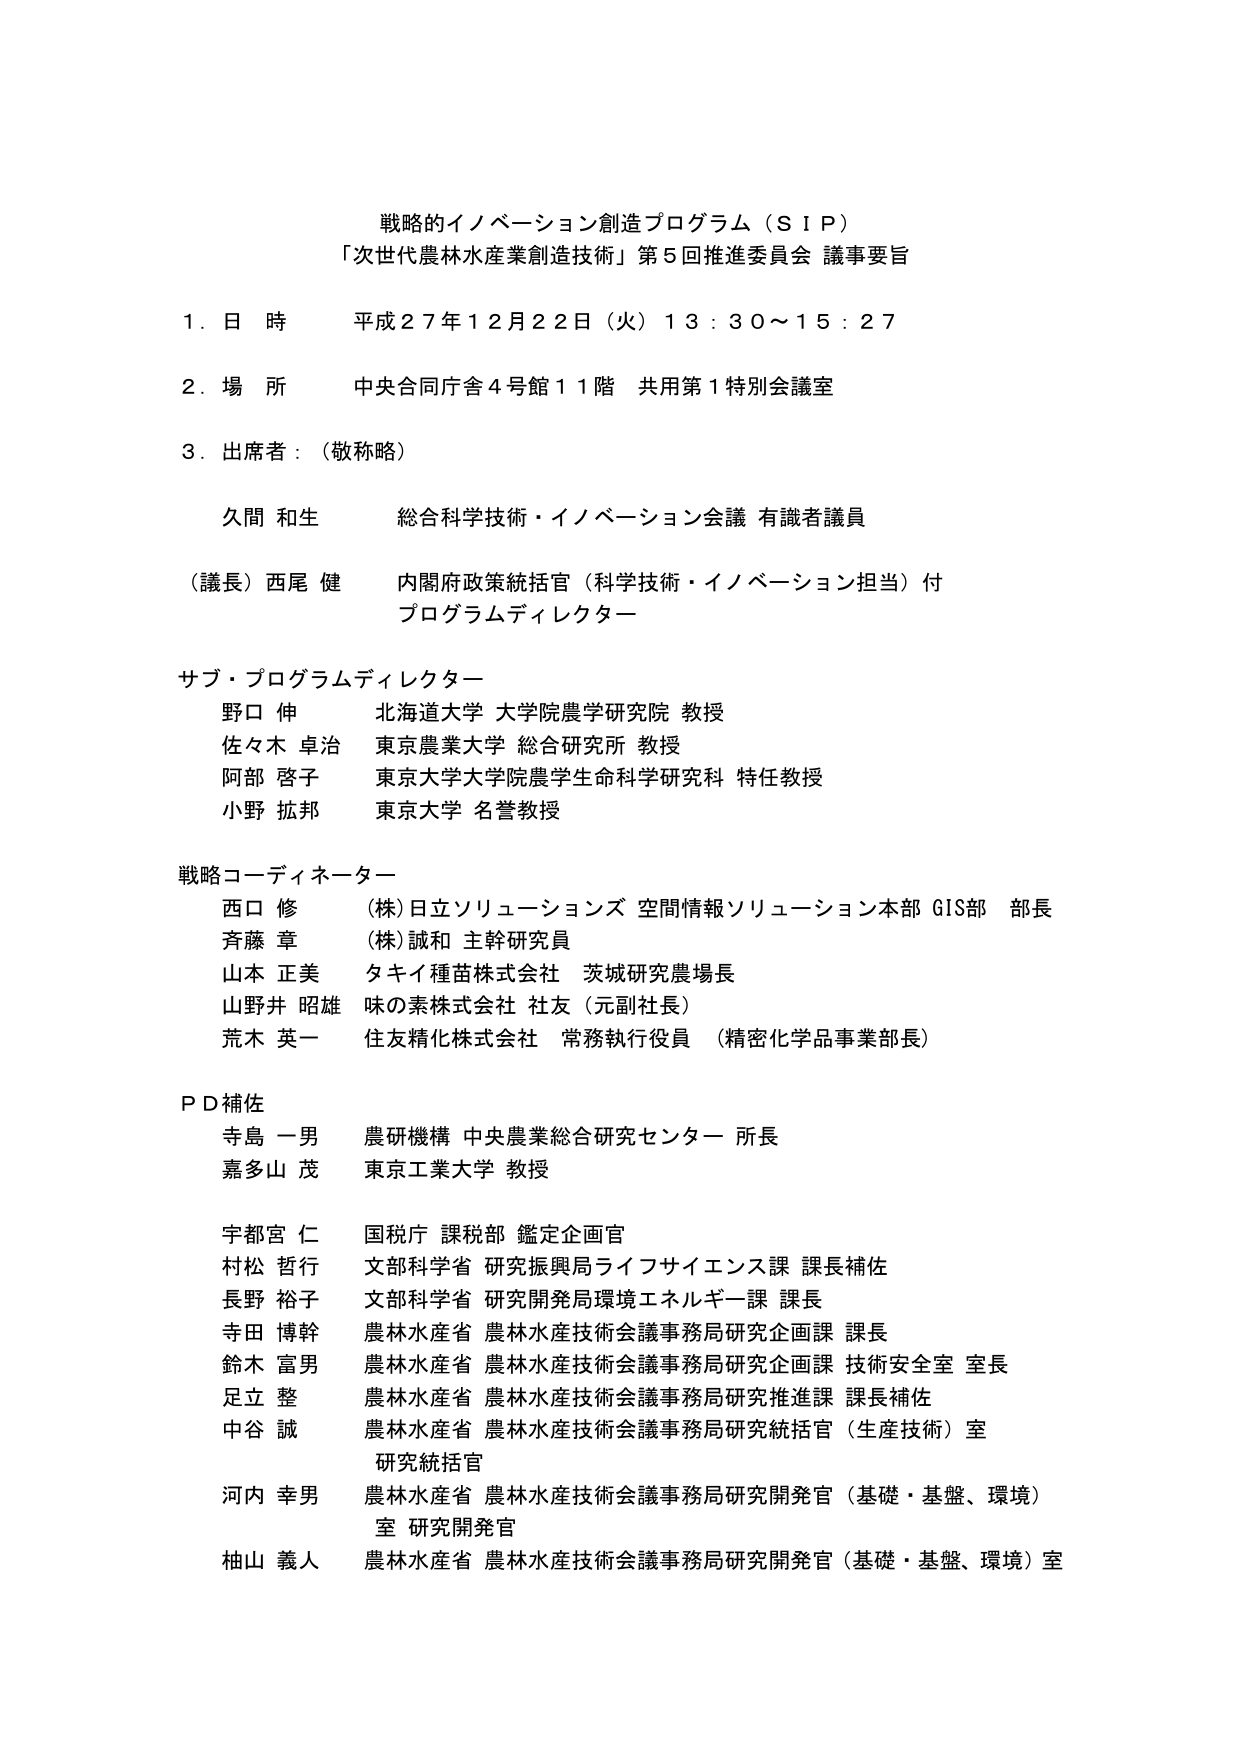
戦略的イノベーション創造プログラム（ＳＩＰ）
「次世代農林水産業創造技術」第５回推進委員会 議事要旨

１．日 時 平成２７年１２月２２日（火）１３：３０～１５：２７

２．場 所 中央合同庁舎４号館１１階 共用第１特別会議室

３．出席者：（敬称略）

久間 和生 総合科学技術・イノベーション会議 有識者議員

（議長）西尾 健 内閣府政策統括官（科学技術・イノベーション担当）付
プログラムディレクター

サブ・プログラムディレクター
野口 伸 北海道大学 大学院農学研究院 教授
佐々木 卓治 東京農業大学 総合研究所 教授
阿部 啓子 東京大学大学院農学生命科学研究科 特任教授
小野 拡邦 東京大学 名誉教授

戦略コーディネーター
西口 修 （株）日立ソリューションズ 空間情報ソリューション本部 GIS部 部長
斉藤 章 （株）誠和 主幹研究員
山本 正美 タキイ種苗株式会社 茨城研究農場長
山野井 昭雄 味の素株式会社 社友（元副社長）
荒木 英一 住友精化株式会社 常務執行役員 （精密化学品事業部長）

ＰＤ補佐
寺島 一男 農研機構 中央農業総合研究センター 所長
嘉多山 茂 東京工業大学 教授

宇都宮 仁 国税庁 課税部 鑑定企画官
村松 哲行 文部科学省 研究振興局ライフサイエンス課 課長補佐
長野 裕子 文部科学省 研究開発局環境エネルギー課 課長
寺田 博幹 農林水産省 農林水産技術会議事務局研究企画課 課長
鈴木 富男 農林水産省 農林水産技術会議事務局研究企画課 技術安全室 室長
足立 整 農林水産省 農林水産技術会議事務局研究推進課 課長補佐
中谷 誠 農林水産省 農林水産技術会議事務局研究統括官（生産技術）室
研究統括官
河内 幸男 農林水産省 農林水産技術会議事務局研究開発官（基礎・基盤、環境）
室 研究開発官
柚山 義人 農林水産省 農林水産技術会議事務局研究開発官（基礎・基盤、環境）室